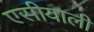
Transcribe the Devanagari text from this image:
एसीयाली